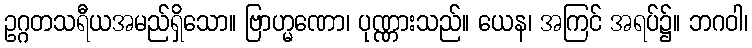
ဥဂ္ဂတသရီယအမည်ရှိသော။ ဗြာဟ္မဏော၊ ပုဏ္ဏားသည်။ ယေန၊ အကြင် အရပ်၌။ ဘဂဝါ၊